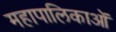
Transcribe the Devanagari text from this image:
महापालिकाओं